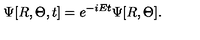
\Psi [ R , \Theta , t ] = e ^ { - i E t } \Psi [ R , \Theta ] .